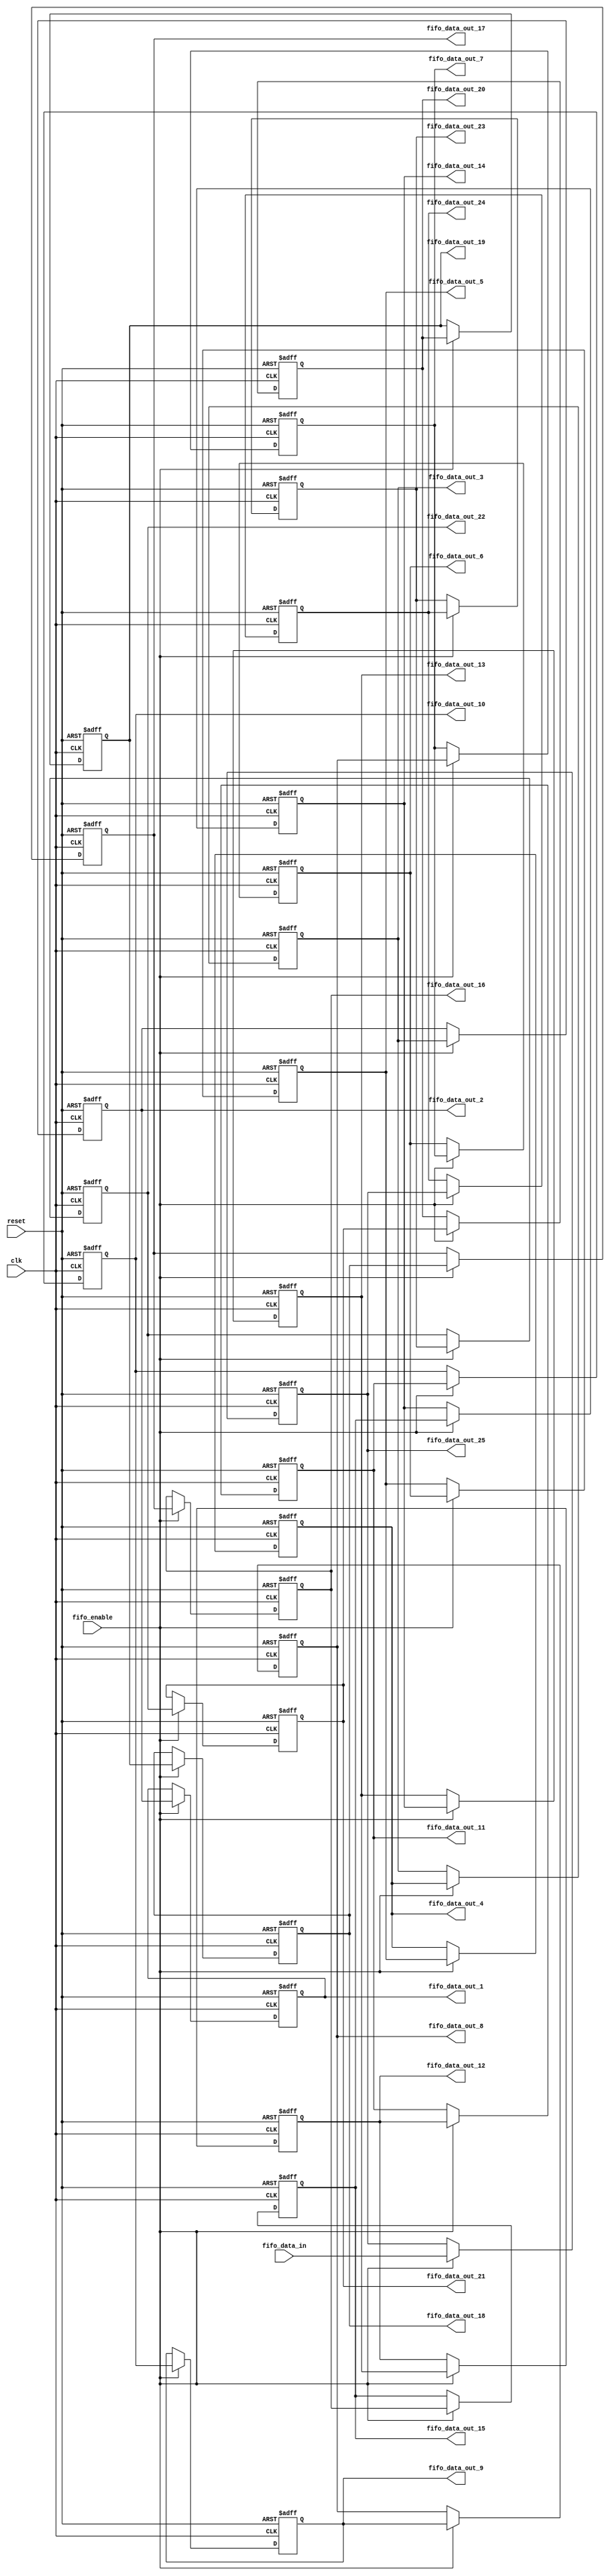
`timescale 1ns / 1ps


module 
 FIFO_25_1_25 #(parameter
///////////advanced parameters//////////
	DATA_WIDTH 					= 32,
///////////architecture parameters//////
	IFM_SIZE 					= 5,
	KERNAL_SIZE 				= 5,
///////////generated parameters/////////
	FIFO_SIZE               	= (KERNAL_SIZE-1)*IFM_SIZE + KERNAL_SIZE            

	)(
	input clk,
	input reset,
	input fifo_enable,
	input [DATA_WIDTH-1:0] fifo_data_in,
	output [DATA_WIDTH-1:0] fifo_data_out_1,
	output [DATA_WIDTH-1:0] fifo_data_out_2,
	output [DATA_WIDTH-1:0] fifo_data_out_3,
	output [DATA_WIDTH-1:0] fifo_data_out_4,
	output [DATA_WIDTH-1:0] fifo_data_out_5,
	output [DATA_WIDTH-1:0] fifo_data_out_6,
	output [DATA_WIDTH-1:0] fifo_data_out_7,
	output [DATA_WIDTH-1:0] fifo_data_out_8,
	output [DATA_WIDTH-1:0] fifo_data_out_9,
	output [DATA_WIDTH-1:0] fifo_data_out_10,
	output [DATA_WIDTH-1:0] fifo_data_out_11,
	output [DATA_WIDTH-1:0] fifo_data_out_12,
	output [DATA_WIDTH-1:0] fifo_data_out_13,
	output [DATA_WIDTH-1:0] fifo_data_out_14,
	output [DATA_WIDTH-1:0] fifo_data_out_15,
	output [DATA_WIDTH-1:0] fifo_data_out_16,
	output [DATA_WIDTH-1:0] fifo_data_out_17,
	output [DATA_WIDTH-1:0] fifo_data_out_18,
	output [DATA_WIDTH-1:0] fifo_data_out_19,
	output [DATA_WIDTH-1:0] fifo_data_out_20,
	output [DATA_WIDTH-1:0] fifo_data_out_21,
	output [DATA_WIDTH-1:0] fifo_data_out_22,
	output [DATA_WIDTH-1:0] fifo_data_out_23,
	output [DATA_WIDTH-1:0] fifo_data_out_24,
	output [DATA_WIDTH-1:0] fifo_data_out_25
	);
	reg	[DATA_WIDTH-1:0] FIFO  [FIFO_SIZE-1:0] ;
	always @ (posedge clk or posedge reset)
    begin
        if(reset)
		begin
			FIFO[0] <= {DATA_WIDTH{1'b0}};
			FIFO[1] <= {DATA_WIDTH{1'b0}};
			FIFO[2] <= {DATA_WIDTH{1'b0}};
			FIFO[3] <= {DATA_WIDTH{1'b0}};
			FIFO[4] <= {DATA_WIDTH{1'b0}};
			FIFO[5] <= {DATA_WIDTH{1'b0}};
			FIFO[6] <= {DATA_WIDTH{1'b0}};
			FIFO[7] <= {DATA_WIDTH{1'b0}};
			FIFO[8] <= {DATA_WIDTH{1'b0}};
			FIFO[9] <= {DATA_WIDTH{1'b0}};
			FIFO[10] <= {DATA_WIDTH{1'b0}};
			FIFO[11] <= {DATA_WIDTH{1'b0}};
			FIFO[12] <= {DATA_WIDTH{1'b0}};
			FIFO[13] <= {DATA_WIDTH{1'b0}};
			FIFO[14] <= {DATA_WIDTH{1'b0}};
			FIFO[15] <= {DATA_WIDTH{1'b0}};
			FIFO[16] <= {DATA_WIDTH{1'b0}};
			FIFO[17] <= {DATA_WIDTH{1'b0}};
			FIFO[18] <= {DATA_WIDTH{1'b0}};
			FIFO[19] <= {DATA_WIDTH{1'b0}};
			FIFO[20] <= {DATA_WIDTH{1'b0}};
			FIFO[21] <= {DATA_WIDTH{1'b0}};
			FIFO[22] <= {DATA_WIDTH{1'b0}};
			FIFO[23] <= {DATA_WIDTH{1'b0}};
			FIFO[24] <= {DATA_WIDTH{1'b0}};
		end
		else if(fifo_enable)
		begin
			FIFO[0] <= fifo_data_in;
			FIFO[1] <= FIFO[0];
			FIFO[2] <= FIFO[1];
			FIFO[3] <= FIFO[2];
			FIFO[4] <= FIFO[3];
			FIFO[5] <= FIFO[4];
			FIFO[6] <= FIFO[5];
			FIFO[7] <= FIFO[6];
			FIFO[8] <= FIFO[7];
			FIFO[9] <= FIFO[8];
			FIFO[10] <= FIFO[9];
			FIFO[11] <= FIFO[10];
			FIFO[12] <= FIFO[11];
			FIFO[13] <= FIFO[12];
			FIFO[14] <= FIFO[13];
			FIFO[15] <= FIFO[14];
			FIFO[16] <= FIFO[15];
			FIFO[17] <= FIFO[16];
			FIFO[18] <= FIFO[17];
			FIFO[19] <= FIFO[18];
			FIFO[20] <= FIFO[19];
			FIFO[21] <= FIFO[20];
			FIFO[22] <= FIFO[21];
			FIFO[23] <= FIFO[22];
			FIFO[24] <= FIFO[23];
		end
	end

	assign    fifo_data_out_1 = FIFO[(KERNAL_SIZE-1)*IFM_SIZE+(KERNAL_SIZE-1)];
	assign    fifo_data_out_2 = FIFO[(KERNAL_SIZE-1)*IFM_SIZE+(KERNAL_SIZE-2)];
	assign    fifo_data_out_3 = FIFO[(KERNAL_SIZE-1)*IFM_SIZE+(KERNAL_SIZE-3)];
	assign    fifo_data_out_4 = FIFO[(KERNAL_SIZE-1)*IFM_SIZE+(KERNAL_SIZE-4)];
	assign    fifo_data_out_5 = FIFO[(KERNAL_SIZE-1)*IFM_SIZE+(KERNAL_SIZE-5)];
	
	assign    fifo_data_out_6 = FIFO[(KERNAL_SIZE-2)*IFM_SIZE+(KERNAL_SIZE-1)];
	assign    fifo_data_out_7 = FIFO[(KERNAL_SIZE-2)*IFM_SIZE+(KERNAL_SIZE-2)];
	assign    fifo_data_out_8 = FIFO[(KERNAL_SIZE-2)*IFM_SIZE+(KERNAL_SIZE-3)];
	assign    fifo_data_out_9 = FIFO[(KERNAL_SIZE-2)*IFM_SIZE+(KERNAL_SIZE-4)];
	assign    fifo_data_out_10 = FIFO[(KERNAL_SIZE-2)*IFM_SIZE+(KERNAL_SIZE-5)];
	
	assign    fifo_data_out_11 = FIFO[(KERNAL_SIZE-3)*IFM_SIZE+(KERNAL_SIZE-1)];
	assign    fifo_data_out_12 = FIFO[(KERNAL_SIZE-3)*IFM_SIZE+(KERNAL_SIZE-2)];
	assign    fifo_data_out_13 = FIFO[(KERNAL_SIZE-3)*IFM_SIZE+(KERNAL_SIZE-3)];
	assign    fifo_data_out_14 = FIFO[(KERNAL_SIZE-3)*IFM_SIZE+(KERNAL_SIZE-4)];
	assign    fifo_data_out_15 = FIFO[(KERNAL_SIZE-3)*IFM_SIZE+(KERNAL_SIZE-5)];
	
	assign    fifo_data_out_16 = FIFO[(KERNAL_SIZE-4)*IFM_SIZE+(KERNAL_SIZE-1)];
	assign    fifo_data_out_17 = FIFO[(KERNAL_SIZE-4)*IFM_SIZE+(KERNAL_SIZE-2)];
	assign    fifo_data_out_18 = FIFO[(KERNAL_SIZE-4)*IFM_SIZE+(KERNAL_SIZE-3)];
	assign    fifo_data_out_19 = FIFO[(KERNAL_SIZE-4)*IFM_SIZE+(KERNAL_SIZE-4)];
	assign    fifo_data_out_20 = FIFO[(KERNAL_SIZE-4)*IFM_SIZE+(KERNAL_SIZE-5)];
	
	assign    fifo_data_out_21 = FIFO[(KERNAL_SIZE-5)*IFM_SIZE+(KERNAL_SIZE-1)];
	assign    fifo_data_out_22 = FIFO[(KERNAL_SIZE-5)*IFM_SIZE+(KERNAL_SIZE-2)];
	assign    fifo_data_out_23 = FIFO[(KERNAL_SIZE-5)*IFM_SIZE+(KERNAL_SIZE-3)];
	assign    fifo_data_out_24 = FIFO[(KERNAL_SIZE-5)*IFM_SIZE+(KERNAL_SIZE-4)];
	assign    fifo_data_out_25 = FIFO[(KERNAL_SIZE-5)*IFM_SIZE+(KERNAL_SIZE-5)];
	
endmodule